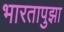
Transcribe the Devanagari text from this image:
भारतापुझा